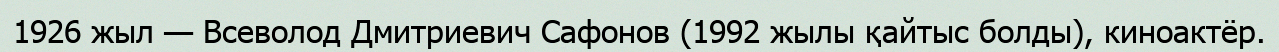
1926 жыл — Всеволод Дмитриевич Сафонов (1992 жылы қайтыс болды), киноактёр.